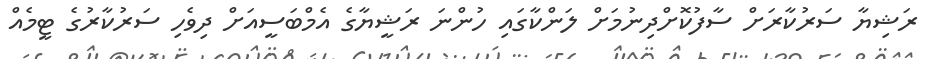
ރަޝިޔާ ސަރުކާރަށް ސާފުކޮށްދިނުމަށް ލަންކާގައި ހުންނަ ރަޝީޔާގެ އެމްބަސީއަށް ދިވެހި ސަރުކާރުގެ ޓީމެއް